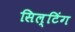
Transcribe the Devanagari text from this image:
सिल्टिंग